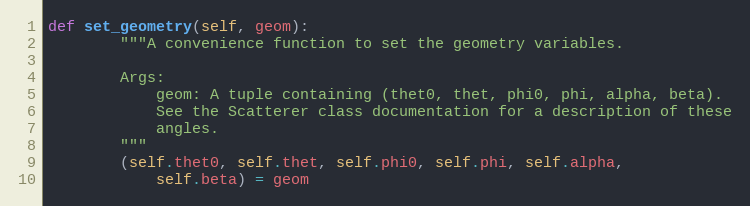
Language: Python
def set_geometry(self, geom):
        """A convenience function to set the geometry variables.

        Args:
            geom: A tuple containing (thet0, thet, phi0, phi, alpha, beta).
            See the Scatterer class documentation for a description of these
            angles.
        """
        (self.thet0, self.thet, self.phi0, self.phi, self.alpha,
            self.beta) = geom